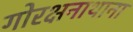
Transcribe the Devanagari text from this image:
गोरक्षनाथाना